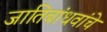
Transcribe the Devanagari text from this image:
जातिबांधवांचे